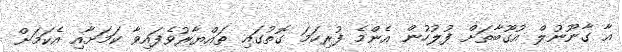
އާ ގާނޫނުލް އުގޫބާތަށް ފުލުހުން އެންމެ ފުރިހަމަ ގޮތުގައި ތައްޔާރުވެފައިވާ ކަމަށާއި އެކަމަށް